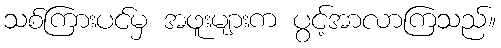
သစ်ကြားပင်မှ အဖူးများက ပွင့်အာလာကြသည်။